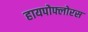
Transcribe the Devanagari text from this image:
हायपोफ्लोरस